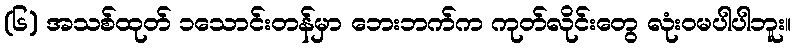
(၆) အသစ်ထုတ် ၁သောင်းတန်မှာ ဘေးဘက်က ကုတ်လိုင်းတွေ လုံးဝမပါပါဘူး။